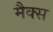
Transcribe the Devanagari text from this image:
मैक्‍स